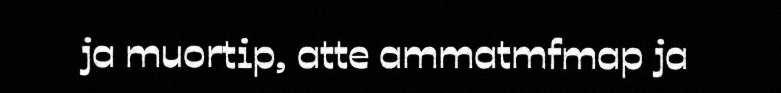
ja muortip, atte ammatmfmap ja